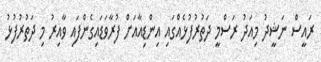
ރައީސް ނަޝީދު މިއަދު ރަސްމީ ދަތުރުފުޅެއްގައި އިންޑިއާއަށް ފުރާވަޑައިގެންފައި ވާއިރު މި ދަތުރުފުޅު